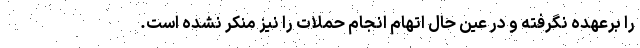
را برعهده نگرفته و در عین حال اتهام انجام حملات را نیز منکر نشده است.